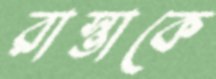
রাস্তাকে